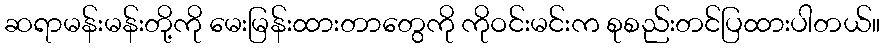
ဆရာမန်းမန်းတို့ကို မေးမြန်းထားတာတွေကို ကိုဝင်းမင်းက စုစည်းတင်ပြထားပါတယ်။